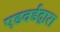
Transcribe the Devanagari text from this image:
एडवर्डद्वारा